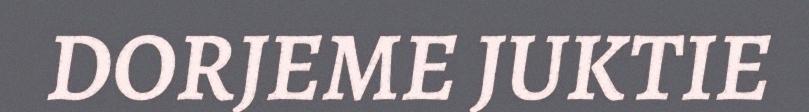
DORJEME JUKTIE